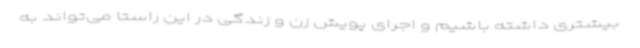
بیشتری داشته باشیم و اجرای پویش زن و زندگی در این راستا می‌تواند به